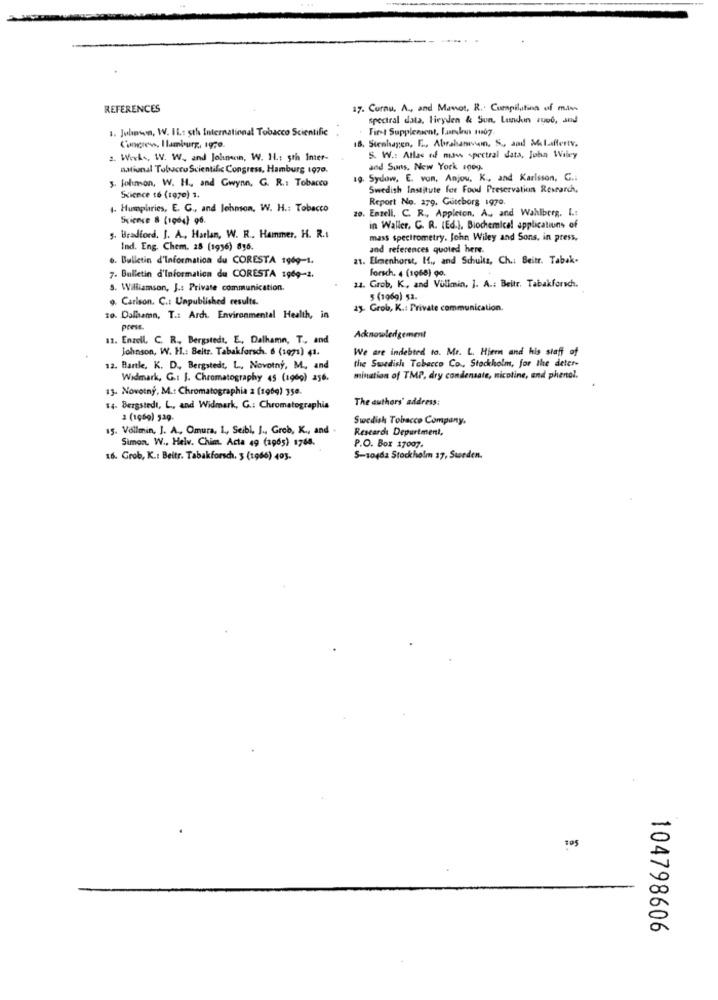
REFERENCES
17. Curnu. A ., and Manot, R .. Compilatina of m.los
spectral data. Heyden & Sun, Lundun rywe, and
1. Johnson, W. IL: sth International Tobacco Scientific
First Supplement, lamukrons 14907.
18. Stenhagen, E ., Abrahamvin, S ., and Melaffertv.
Congress, Hamburg, 1970.
2. Works, W. W ., and Johnson, W. H .: 5th Inter-
S. W .: Atlas of maw spectral data, John Wiley
national Tobacco Scientific Congress, Hamburg 1970.
and Suns, New York 100g.
3. Johnson, W. H ., and Gwynn, G. R .: Tobacco
. Sydow, E. von, Anjou, K ., and Karlsson, G .:
Swedish Institute for Food Preservation Research,
Science 16 (1970) 1.
Report No. 279, Guteborg 1970.
1. Humphries, E. G ., and Johnson, W. H .: Tobacco
20. Enzell, C. R ., Appleton. A ., and Wahlberg. I .:
Science & (1964) 96.
in Waller, C. R. (Ed.), Biochemical applications of
5. Bradford, J. A ., Harlan, W. R ., Hammer. H. R .:
mass spectrometry. John Wiley and Sons, in press,
Ind. Eng. Chem. 28 (1936) 816.
and references quoted here.
6. Bulletin d'Informatica du CORESTA 1969-1.
at. Elmenhorst, H ., and Schultz, Ch .: Beitr. Tabak-
forsch. 4 (1968) 90.
7. Bulletin d'information du CORESTA 1969-2.
2.2. Grob, K, and Vullenin. ]. A .: Beitr, Tabakforsch.
3. Williamson, J .: Private communication.
9. Carison. C .: Unpublished results.
5 (1969) 52.
13. Grob, K .: Private communication.
10. Dalaamn. T .: Arch. Environmental Health, in
press.
11. Enzell, C. R ., Bergstedt, E ., Dalhamn, T, and
Acknowledgement
Johnson, W. H .: Beitr. Tabakforsch. 6 (1971) 41.
We are indebted to. Mr. L. Hier and his staff of
the Swedish Tobacco Co ., Stockholm, for the deter-
12. Bartle, K. D. Bergstedt, L, Novotný, M, and
Widmark, G .: J. Chromatography 45 (1969) 256.
mination of TMP, dry condensate, nicotine, and phenol.
13- Novotný, M .: Chromatographie 2 (1969) 350.
The authors' address:
14. Bergstedt, L ., and Widmark, G .: Chromatographie
2 (1009) 539-
Swedish Tobacco Company,
15. Vollmin, J. A ., Omura, L ., Seibi, J ., Greb, K ., and .
Research Department,
Simon, W ., Helv. Chim. Acta 49 (1965) 1766.
P.O. Box 17007.
16. Grob, K .: Beitr. Tabakforsch. 3 (1966) 403.
S-10462 Stockholm 17, Sweden.
104798606